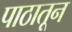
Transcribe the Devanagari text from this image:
पाठातून